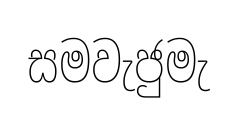
සමවැජුමැ